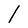
Character: l